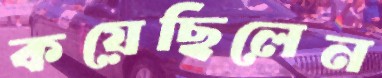
কয়েছিলেন